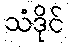
သံဒိုင်